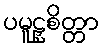
ပမူဠှစိတ္တာ